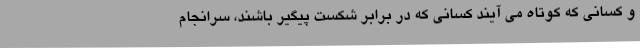
و کسانی که کوتاه می آیند کسانی که در برابر شکست پیگیر باشند، سرانجام